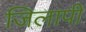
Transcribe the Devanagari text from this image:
जिलापी